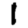
Digit: 1